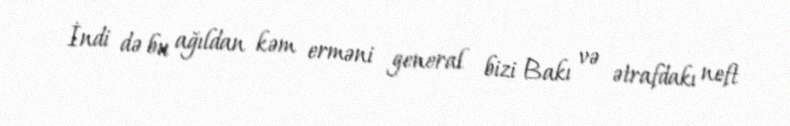
İndi də bu ağıldan kəm erməni general bizi Bakı və ətrafdakı neft